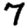
Digit: 7